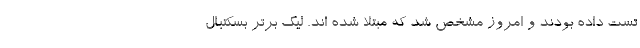
تست داده بودند و امروز مشخص شد که مبتلا شده اند. لیگ برتر بسکتبال